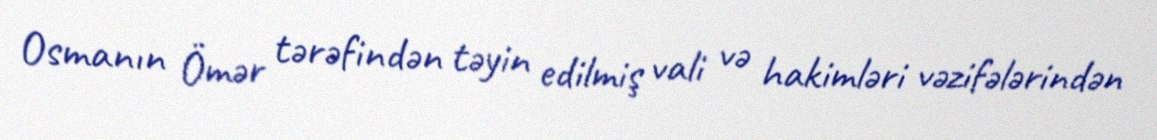
Osmanın Ömər tərəfindən təyin edilmiş vali və hakimləri vəzifələrindən